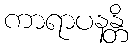
ကာရာပနန္တိ